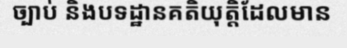
ច្បាប់ និងបទដ្ឋានគតិយុត្តិដែលមាន